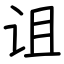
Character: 诅